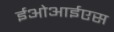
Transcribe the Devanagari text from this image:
ईओआईएस